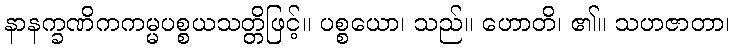
နာနက္ခဏိကကမ္မပစ္စယသတ္တိဖြင့်။ ပစ္စယော၊ သည်။ ဟောတိ၊ ၏။ သဟဇာတာ၊